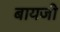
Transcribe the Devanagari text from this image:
बायजी